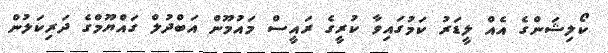
ކޯލިޝަންގެ އެއް ލީޑަރު ކަމުގައިވާ ކުރީގެ ރައީސް މައުމޫން އަބްދުލް ގައްޔޫމްގެ ދަރިކަލުން